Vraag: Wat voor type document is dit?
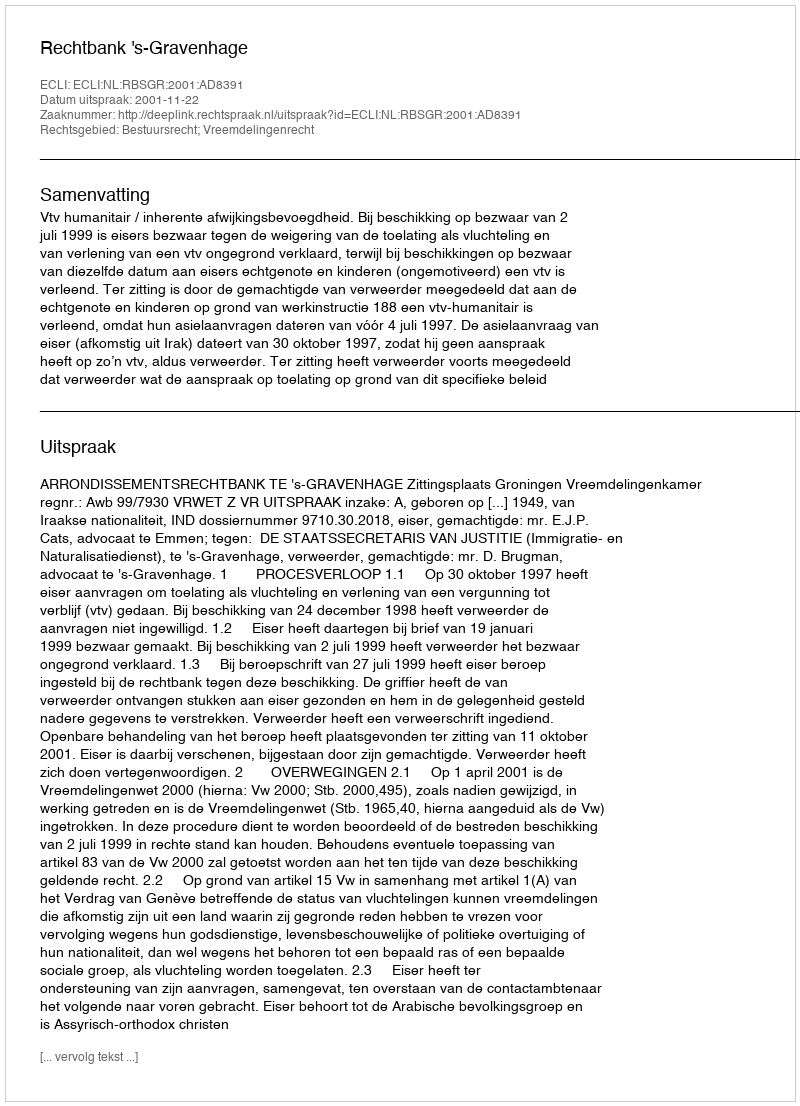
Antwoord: Uitspraak